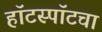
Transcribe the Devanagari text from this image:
हॉटस्पॉटचा